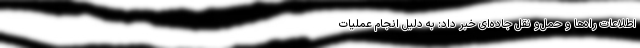
اطلاعات راه‌ها و حمل‌و نقل جاده‌ای خبر داد: به دلیل انجام عملیات